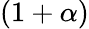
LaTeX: (1+\alpha)